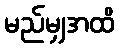
မည်မျှအထိ